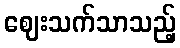
ဈေးသက်သာသည့်